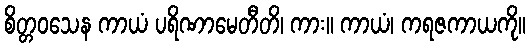
စိတ္တဝသေန ကာယံ ပရိဏာမေတီတိ၊ ကား။ ကာယံ၊ ကရဇကာယကို။